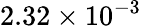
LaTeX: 2.32\times 10^{-3}